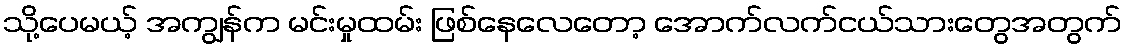
သို့ပေမယ့် အကျွန်က မင်းမှုထမ်း ဖြစ်နေလေတော့ အောက်လက်ငယ်သားတွေအတွက်